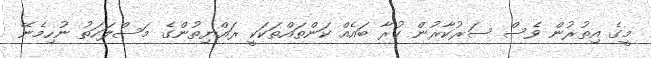
މީގެ އިތުރުން ވެސް ސަރުކާރުން ކުރާ ބައެއް ކަންތައްތަކަކީ ރައްޔިތުންގެ މަސްލަހަތު ނުހިމެނޭ